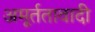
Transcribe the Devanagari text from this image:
अमूर्ततावादी